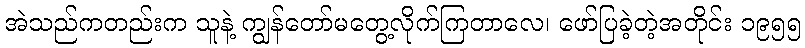
အဲသည်ကတည်းက သူနဲ့ ကျွန်တော်မတွေ့လိုက်ကြတာလေ၊ ဖော်ပြခဲ့တဲ့အတိုင်း ၁၉၅၅